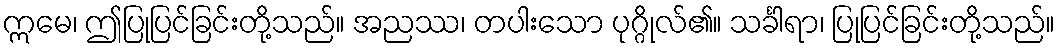
ဣမေ၊ ဤပြုပြင်ခြင်းတို့သည်။ အညဿ၊ တပါးသော ပုဂ္ဂိုလ်၏။ သင်္ခါရာ၊ ပြုပြင်ခြင်းတို့သည်။